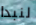
لنبدا